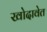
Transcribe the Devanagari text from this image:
खोदावेत